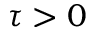
\tau > 0